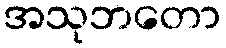
အသုဘတော